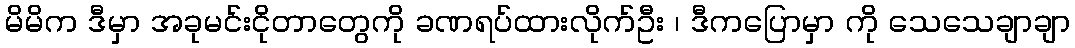
မိမိက ဒီမှာ အခုမင်းငိုတာတွေကို ခဏရပ်ထားလိုက်ဦး ၊ ဒီကပြောမှာ ကို သေသေချာချာ